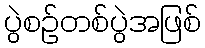
ပွဲစဉ်တစ်ပွဲအဖြစ်